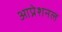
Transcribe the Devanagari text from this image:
आप्रेशनल